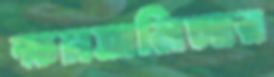
ক্ষমতালিপ্সার